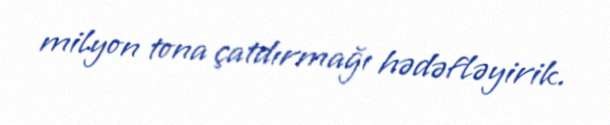
milyon tona çatdırmağı hədəfləyirik.